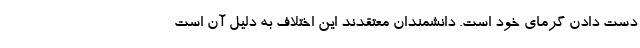
دست دادن گرمای خود است. دانشمندان معتقدند این اختلاف به دلیل آن است